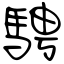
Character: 騁